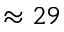
\approx 2 9